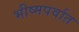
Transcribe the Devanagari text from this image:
भीष्मपर्वात